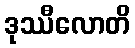
ဒုဿီလောတိ